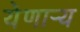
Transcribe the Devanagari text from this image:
येणार्‍य